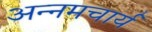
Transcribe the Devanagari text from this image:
अन्नमचार्य